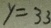
y = 3 3